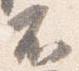
不